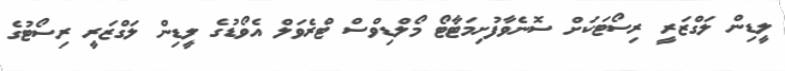
ލީޑިން ލަގްޒަރީ ރިސޯޓަކަށް ސޮނެވާފުށިމަޓާޓޯ މޯލްޑިވްސް ޓްރެވަލް އެވޯޑުގެ ލީޑިން ލަގްޒަރީ ރިސޯޓުގެ